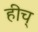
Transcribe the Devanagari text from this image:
हीच्